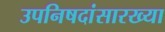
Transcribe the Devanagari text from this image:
उपनिषदांसारख्या